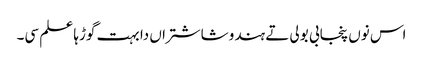
اس نوں پنجابی بولی تے ہندو شاشتراں دا بہت گوڑہا علم سی۔